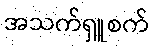
အသက်ရှူစက်